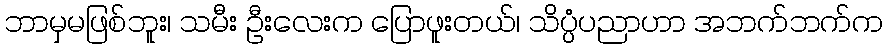
ဘာမှမဖြစ်ဘူး၊ သမီး ဦးလေးက ပြောဖူးတယ်၊ သိပ္ပံပညာဟာ အဘက်ဘက်က